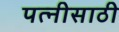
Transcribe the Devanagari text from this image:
पत्नीसाठी